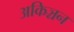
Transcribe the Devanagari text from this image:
अकिञ्चन